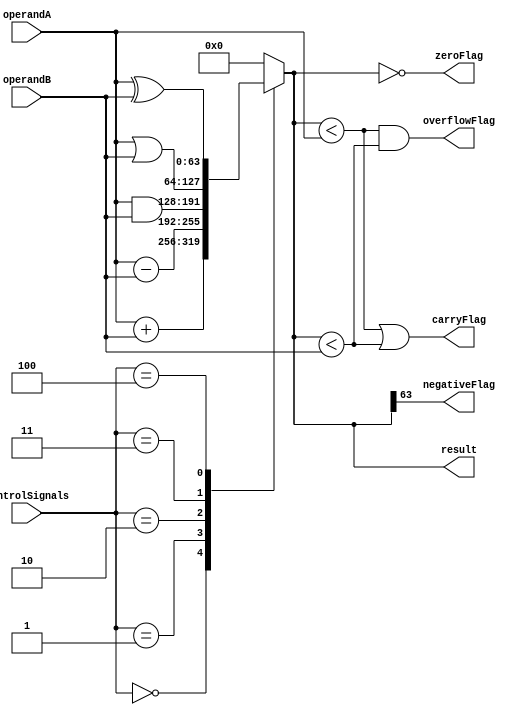
module ALU(
    input [63:0] operandA,
    input [63:0] operandB,
    input [2:0] controlSignals,
    output reg [63:0] result,
    output reg zeroFlag,
    output reg carryFlag,
    output reg overflowFlag,
    output reg negativeFlag
);
    
    // Arithmetic & Logical Operations
    always @(*)
    begin
        case(controlSignals)
            3'b000: result = operandA + operandB; // Addition
            3'b001: result = operandA - operandB; // Subtraction
            3'b010: result = operandA & operandB; // Bitwise AND
            3'b011: result = operandA | operandB; // Bitwise OR
            3'b100: result = operandA ^ operandB; // Bitwise XOR
            // Add more operations as needed
            default: result = 64'b0;
        endcase
    end
    
    // Flags Logic
    always @(*)
    begin
        zeroFlag = (result == 64'b0);
        carryFlag = (result < operandA || result < operandB);
        overflowFlag = (result < operandA && result < operandB);
        negativeFlag = (result[63] == 1);
    end
    
endmodule